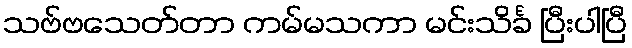
သဗ်ဗသေတ်တာ ကမ်မသကာ မင်းသိင်္ခ ပြီးပါပြီ